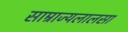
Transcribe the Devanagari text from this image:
साम्राज्यलालसा